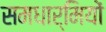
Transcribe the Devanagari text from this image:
समधार्मियों